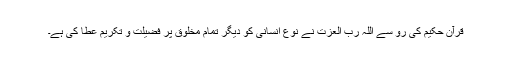
قرآن حکیم کی رو سے اللہ رب العزت نے نوعِ انسانی کو دیگر تمام مخلوق پر فضیلت و تکریم عطا کی ہے۔